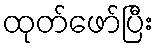
ထုတ်ဖော်ပြီး